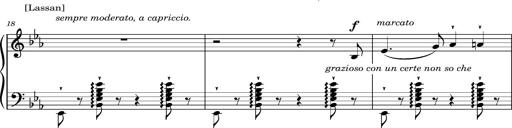
Title: Magyar rapszÃ³diÃ¡k
Composer: Franz Liszt